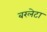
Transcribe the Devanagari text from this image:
बरलेटा